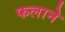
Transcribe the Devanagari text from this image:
फलाने